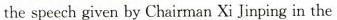
the speech given by Chairman Xi Jinping in the